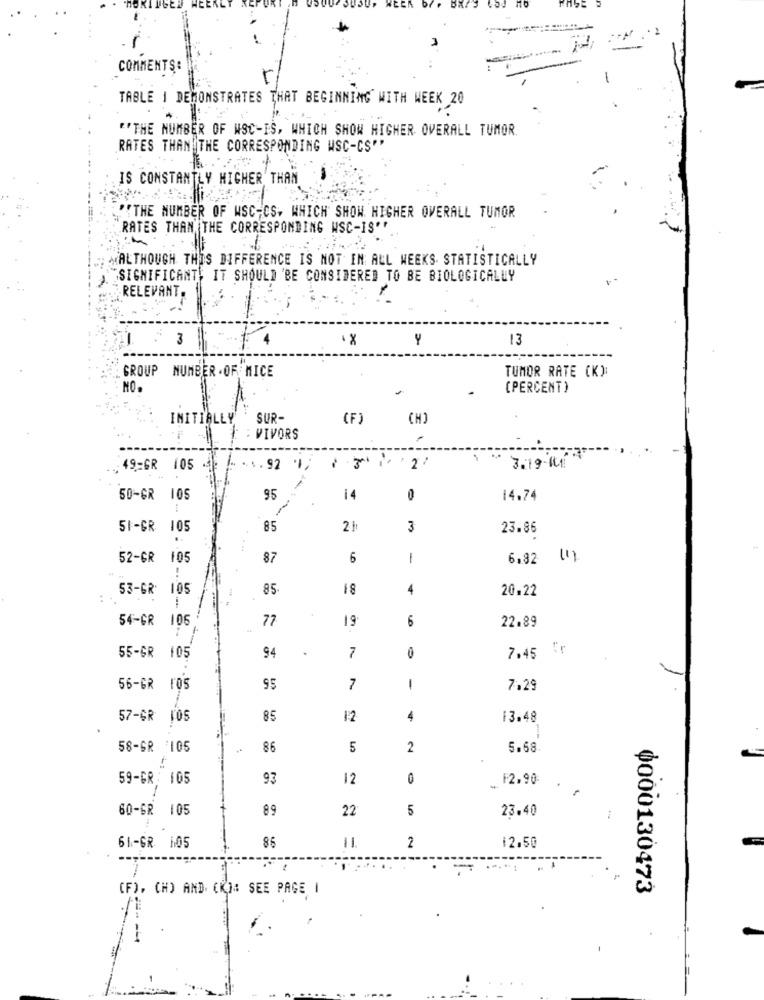
COMMENTS:
TABLE 1 DEMONSTRATES THAT BEGINNING WITH WEEK 20
"'THE NUMBER OF WSC-IS, WHICH SHOW HIGHER OVERALL TUMOR.
RATES THAN THE CORRESPONDING WSC-CS''
IS CONSTANTLY HIGHER THAN
"THE NUMBER OF WSC-CS, WHICH SHOW HIGHER OVERALL TUMOR
RATES THAN THE CORRESPONDING WSC-IS''
MALTHOUGH THIS DIFFERENCE IS NOT IN ALL WEEKS. STATISTICALLY
SIGNIFICANT, IT SHOULD 'BE CONSIDERED TO BE BIOLOGICALLY
RELEVANT.
3
4
Y
13
. GROUP NUMBER . OF MICE
TUMOR RATE (K):
NO.
(PERCENT)
INITIALLY
SUR-
(F)
VIVORS
1.92 1; 13 1 2/
3.19 MIT
49=GR 105
50-GR 105
95
14
0
14.74
51-GR 105
85
3
23.86
52-GR 105
87
6
1
6,82 (1)
53-GR. 105
85
18
4
20.22
54-GR 106
77
19
6
22.89
7.45 "r
55-GR 105
94
7
0
56-GR FOS
95
7
1
7.29
57-GR VOS
85
4
13.48
58-SR /105
+
86
5
2
5.68
59-GR: 105
93
12
0
F2.90
60-GR 105
89
22
5
23.40
86
-
12.50
61-GR 105
2
(F), CH) AND. CKI# SEE PAGE I
Ф000130473
==-